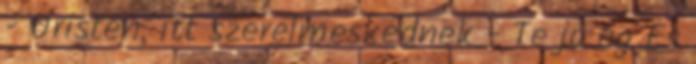
- Úristen, itt szerelmeskednek - Te jó ég És